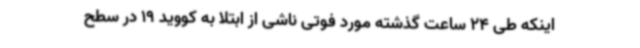
اینکه طی 24 ساعت گذشته مورد فوتی ناشی از ابتلا به کووید 19 در سطح